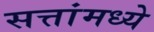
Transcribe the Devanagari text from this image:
सत्तांमध्ये